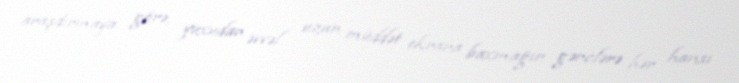
araşdırmaya görə, yuxudan əvvəl uzun müddət ekrana baxmağın gənclərə hər hansı